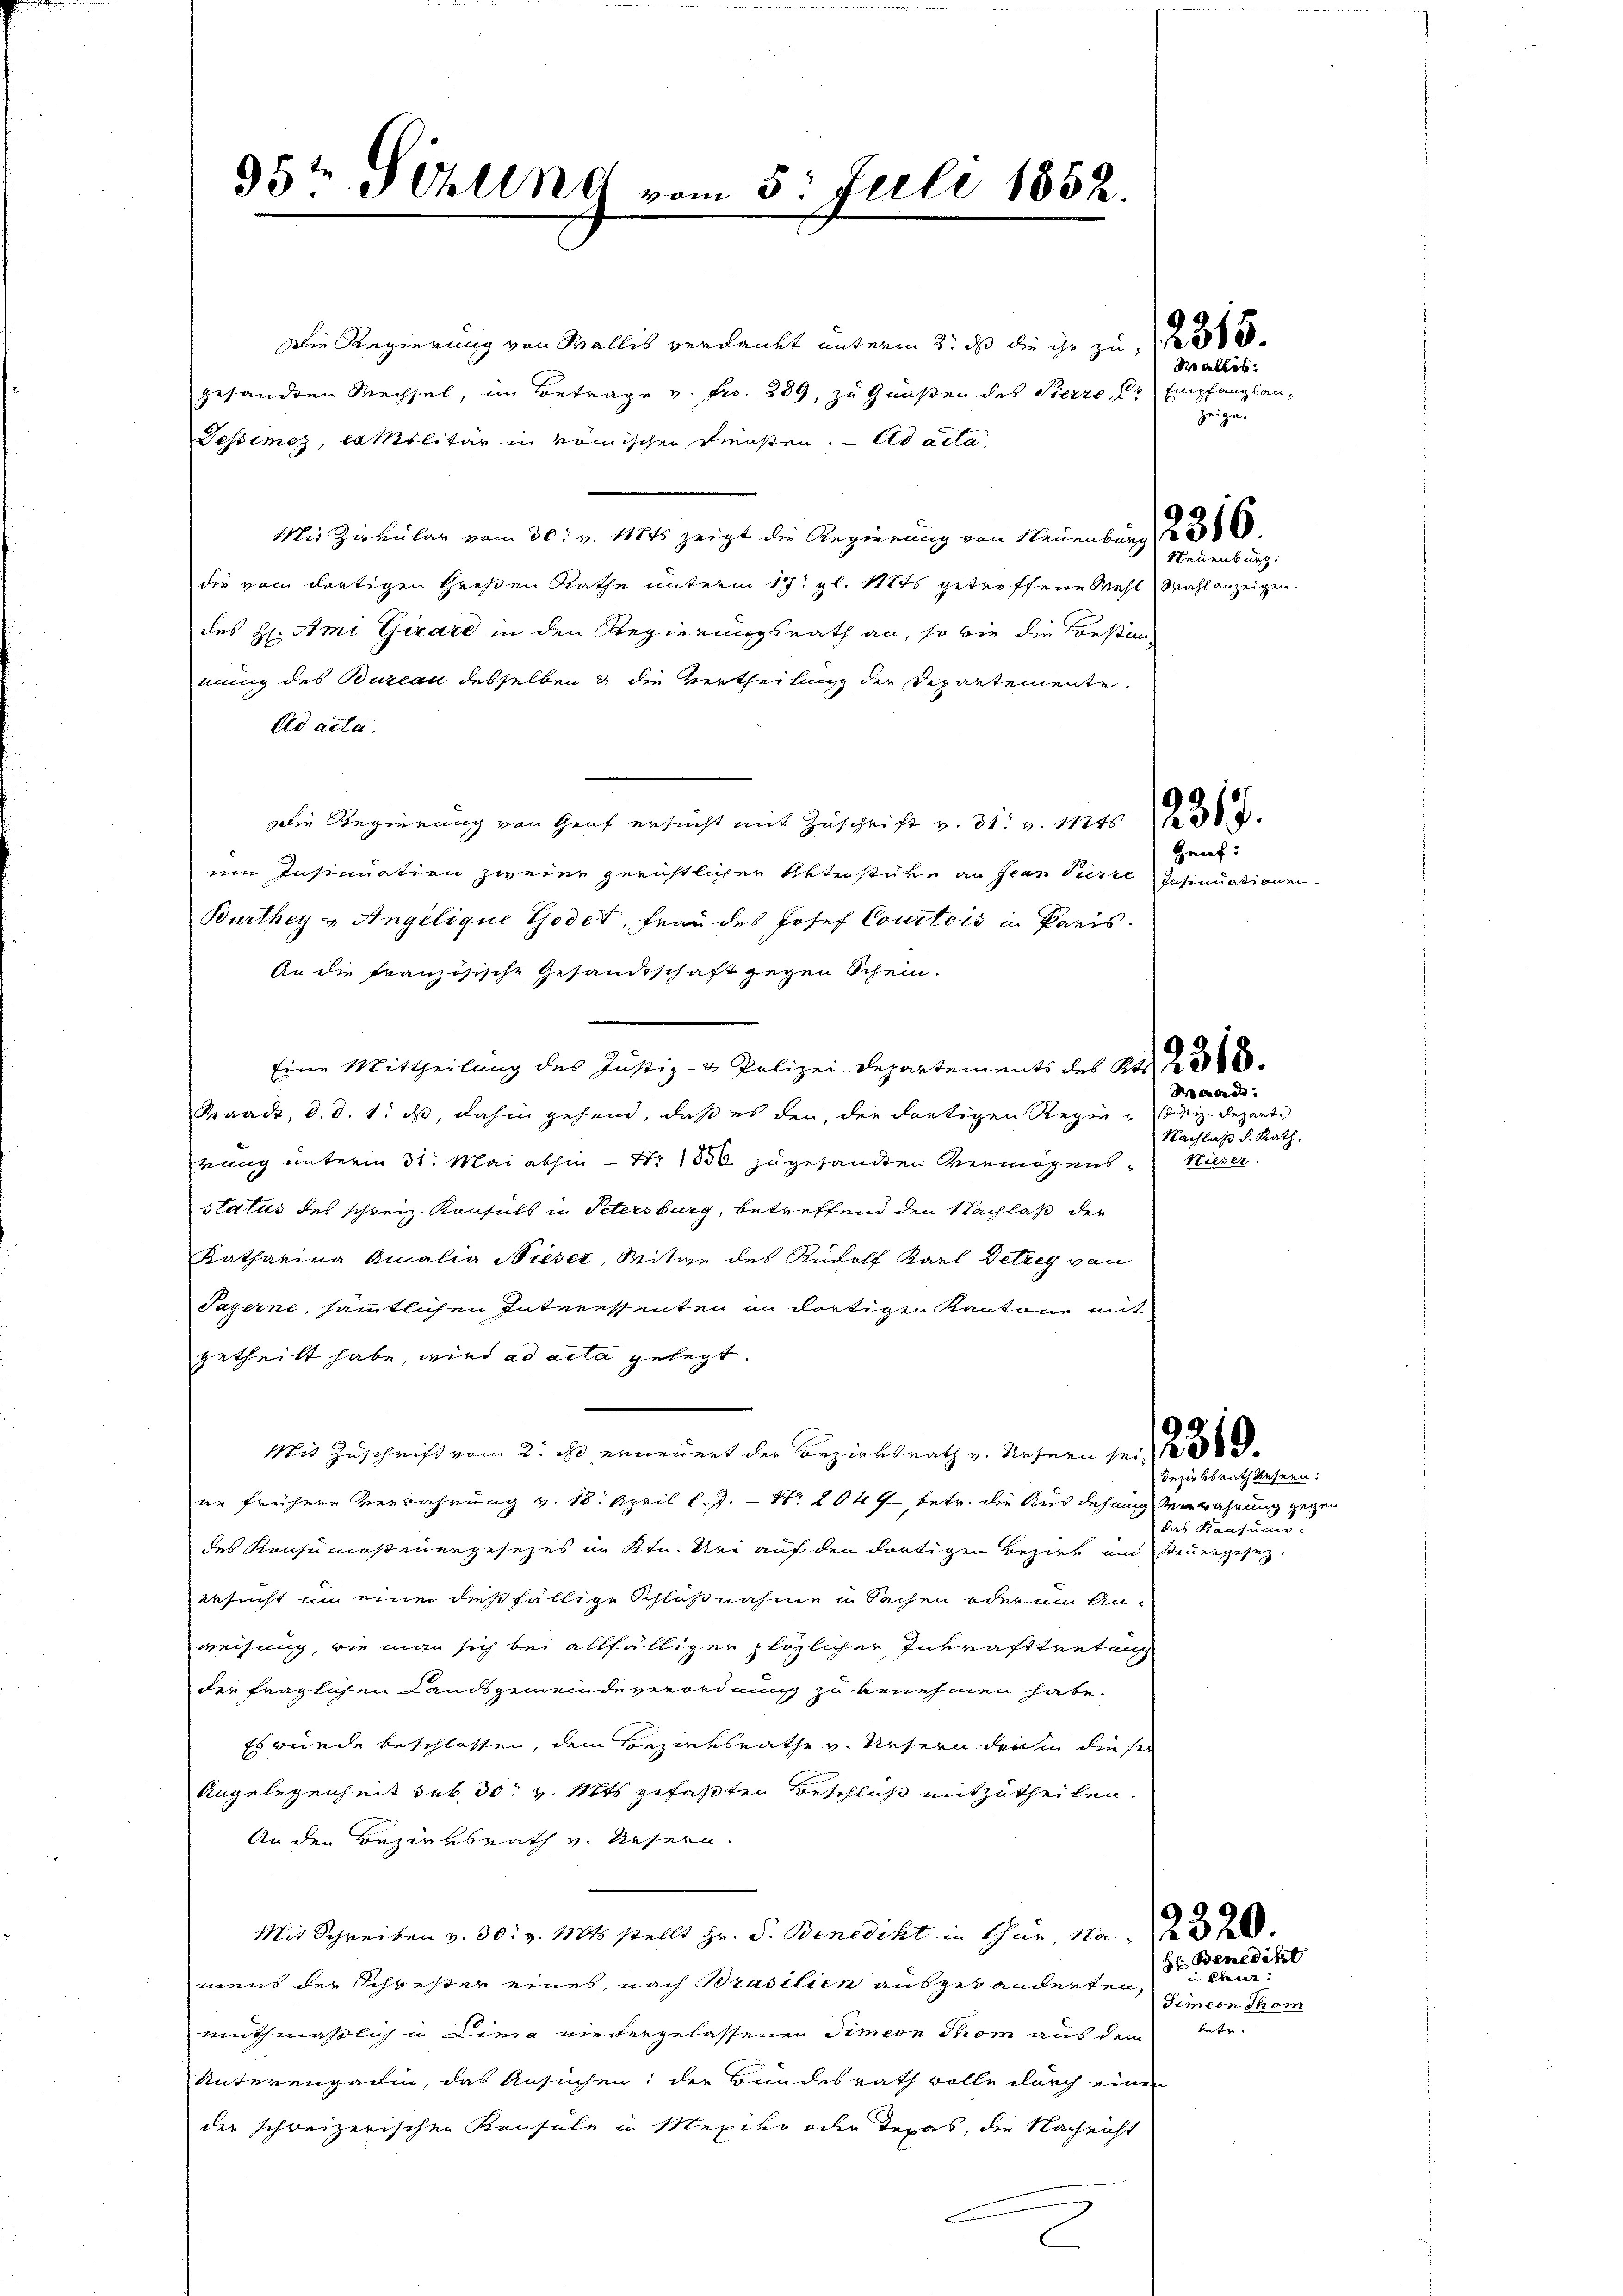
95te Schling vom 5. Juli 1852.

Die Regierung von Wallis verdankt unterm 3. ds die ihr zu
gesandten Wechsel, im Betrage v. Fr. 289, zu Großen des Pierre Dr Empfangsan-
Dessimoz, Camilitär in römischen Trosten. ad acta
Mit Zirkular vom 30. v. 118ts zeigt die Regierung von Neuenburg 136
die vom dortigen Großen Rathe unterm 17. gl. 11875 getroffene Wahl Wahl anzeigen.
des H. Ami Girard in den Regierungsrath an, so wie die Bestanmung des Bureau desselben & die Vertheilung der Departemente.
Ad acta.
Die Regierung von Graf ersucht mit Zŭschrift v. 31. v. Mts. 138.
ein Insinuation zweier gerichtlichen Unterstüre an Jean Pierre Insinuationen
Burthey & Angelique Godet, Frau des Josef Courtois in Paris.
An die französische Gesandtschaft gegen Schein.
Eine Mittheilung des Justiz- & Polizei-Departements des Ka
Kaack, d. d. 1. ds, dahin gehend, daß es der, der dortigen Regie-Justiz-Depart.
rung unterm 31. Mai abhin Nr. 1856 zugesandten Vermögens- Wieser
status des schweiz. Konsuls in Petersburg, betreffend den Nachlaß der
Katharina Amalia Nieser, Mitge des Rudolf Karl Detrey von
Payerne, sämmtlichen Interessenten in dortigen Kantone mit
getheilt habe, wird ad acta gelegt.
Mit Zuschrift vom 2. ds. erneuert der Bezirksrath v. Refern sei
Bezirksrath Resern:
ne frühere Verwahrung v. 18. April l.J. – Nr. 1044 betr. die Ausdehnung verwahrung gegen
das Kanzun
des Konsumosteuergesezes im Ktn. Uri auf den dortigen Bezirk und Steuergesez-
ersucht um einer dießfällige Schlußnahme in Sachen oder um Anweisung, wie man sich bei allfälliger plözlicher Inkrafttretung
der fraglichen Landsgemeindeverordnung zu benehmen habe.
Es wurde beschlossen, dem Bezirksrathe v. Ursern der in dieser
Angelegenheit sub 30 v. Mts. gefaßten Beschluß mitzutheilen.
An den Bezirksrath v. diesern.
2320.
Mit Schreiben v. 30. v. Mts. stellt Hr. S. Benedikt in thur, Na¬
(Hr. Benedikt
 beur
mens der Schwester eines, nach Brasilien ausgebäudenten,
Simeon Thom
muthmaßlich in Lina niedergelassenen Simeon Thom aus dem betr.
Unterengadin, das Ansuchen; der Bundesrath wolle durch einen
der schreizerischen Konsule in Mexiko oder Texas, die Nachricht

Wallis:
zeige.

Neuenburg.

Heuf:

Baade
Nachlaß d. Rath,